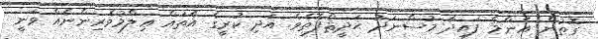
ގޮތުން އެންމެ ފައިދާ މުސްނަދު ޙަދީޘްފޮތެވެ. އަދި ކުރީގެ އެތައް ޢިލްމުވެރިންނެއް ވަނީ